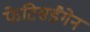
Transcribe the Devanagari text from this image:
फेटिसडैगेन